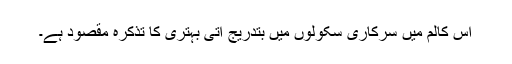
اس کالم میں سرکاری سکولوں میں بتدریج آتی بہتری کا تذکرہ مقصود ہے۔